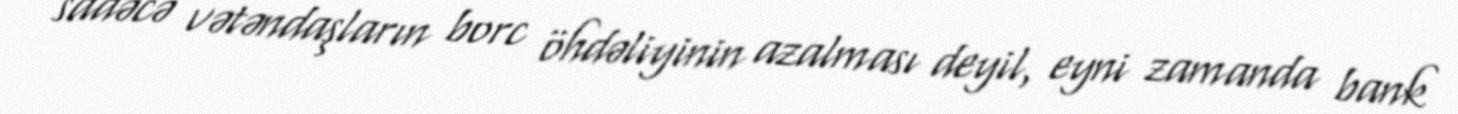
sadəcə vətəndaşların borc öhdəliyinin azalması deyil, eyni zamanda bank